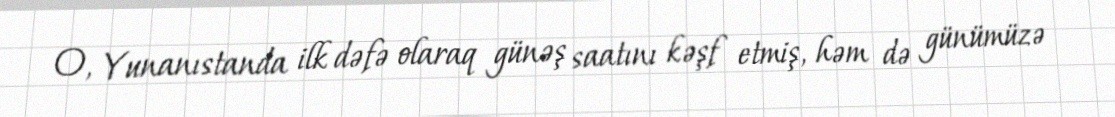
O, Yunanıstanda ilk dəfə olaraq günəş saatını kəşf etmiş, həm də günümüzə